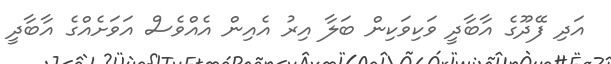
އަދި ފޭދޫގެ އާބާދީ ވަކިވަކިން ބަލާ އިރު އެއިން އެއްވެސް އަވަށެއްގެ އާބާދީ